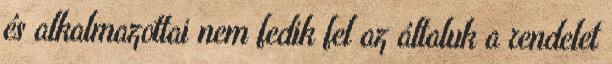
és alkalmazottai nem fedik fel az általuk a rendelet